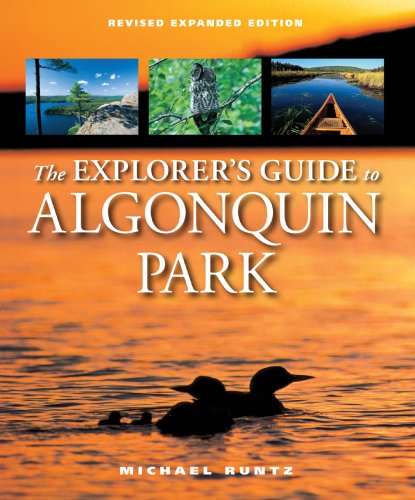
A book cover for The Explorer's Guide to Algonquin Park; Michael Runtz; Travel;